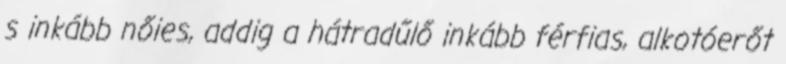
s inkább nőies, addig a hátradűlő inkább férfias, alkotóerőt